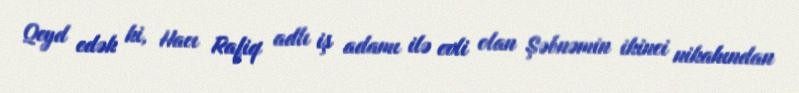
Qeyd edək ki, Hacı Rafiq adlı iş adamı ilə evli olan Şəbnəmin ikinci nikahından